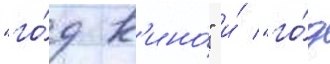
"го́д к'ино́" и́ "го́д